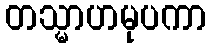
တသ္မာဟမုပကာ